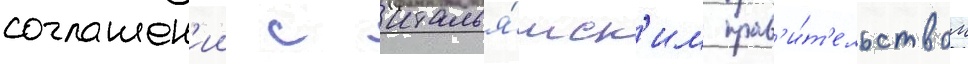
соглашен'ии с италья́нск'им прав'и́т'ельством